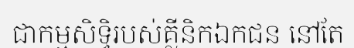
ជាកម្មសិទ្ធិរបស់គ្លីនិកឯកជន នៅតែ